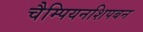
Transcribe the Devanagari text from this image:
चैम्पियनशिपबन